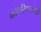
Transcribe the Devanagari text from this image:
कॉर्पोरेशनतर्फे